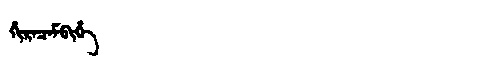
Manchu: ᡥᡳᡵᠠᠴᠠᠮᠪᡳᡥᡝ
Romanization: HIRACAMBIHE